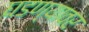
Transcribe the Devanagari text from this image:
घडण्यावर